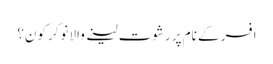
افسر کے نام پر رشوت لینے والا نوکر کون؟